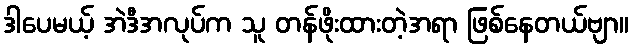
ဒါပေမယ့် အဲဒီအလုပ်က သူ တန်ဖိုးထားတဲ့အရာ ဖြစ်နေတယ်ဗျာ။